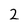
Character: 2